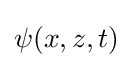
\psi (x,z,t)